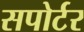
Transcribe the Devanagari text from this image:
सपोर्टर